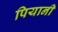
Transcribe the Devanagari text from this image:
पियानी